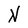
Character: N